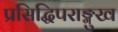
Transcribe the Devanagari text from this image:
प्रसिद्धिपराङ्मुख